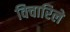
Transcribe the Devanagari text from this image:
विचारिले